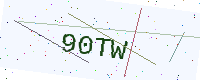
Text: 90TW